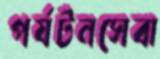
পর্যটনসেবা